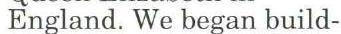
England. We began build-